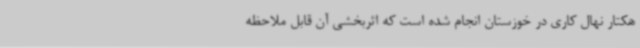
هکتار نهال کاری در خوزستان انجام شده است که اثربخشی آن قابل ملاحظه